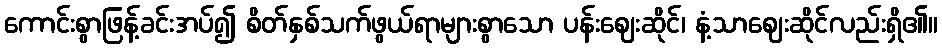
ကောင်းစွာဖြန့်ခင်းအပ်၍ စိတ်နှစ်သက်ဖွယ်ရာများစွာသော ပန်းဈေးဆိုင်၊ နံ့သာဈေးဆိုင်လည်းရှိ၏။